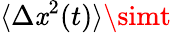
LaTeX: \langle\Delta\mathit{x}^{2}(t)\rangle\simt